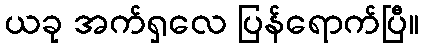
ယခု အက်ရှလေ ပြန်ရောက်ပြီ။